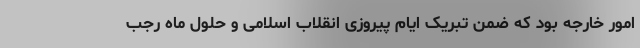
امور خارجه بود که ضمن تبریک ایام پیروزی انقلاب اسلامی و حلول ماه رجب